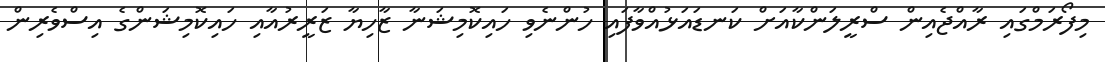
މިފޯރަމްގައި ރާއްޖެއިން ސްރީލަންކާއަށް ކަނޑައަޅުއްވާފައި ހުންނެވި ހައިކޮމިޝަނާ ޒާހިޔާ ޒަރީރުއާއި ހައިކޮމިޝަންގެ އިސްވެރިން